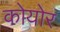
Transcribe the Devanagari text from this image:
कोयोर